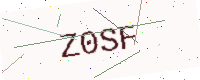
Text: Z0SF